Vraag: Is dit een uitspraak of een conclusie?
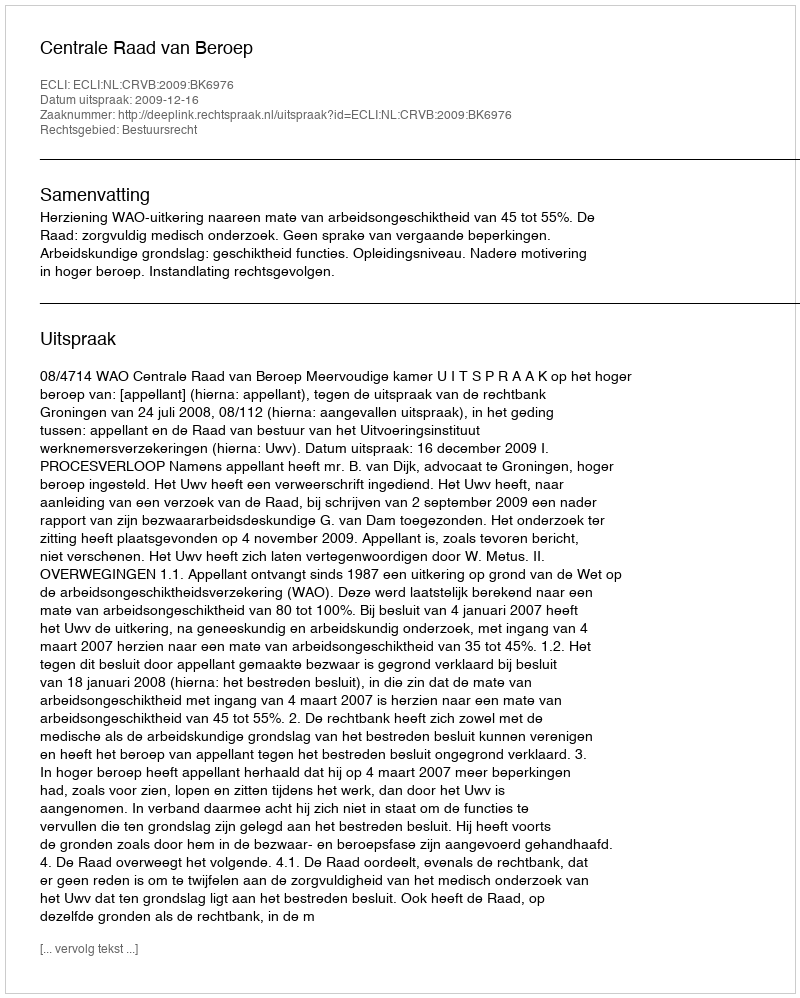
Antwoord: Uitspraak